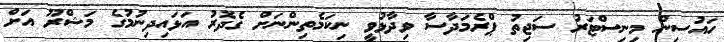
ހައުސިން މިނިސްޓަރު ސަޖިތު ޕްރެމަދާސާ ވިދާޅުވީ ނިކަމެތިންނަށް ގެދޮރު އަޅައިދިނުމުގެ މަޝްރޫ އަށް